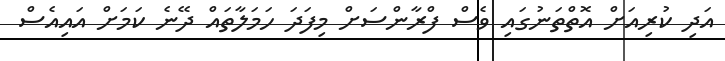
އަދި ކުރިއަށް އޮތްތަނުގައި ވެސް ފްރާންސަށް މިފަދަ ހަމަލާތައް ދޭނެ ކަމަށް އައިއެސް